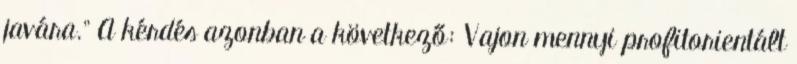
javára.” A kérdés azonban a következő: Vajon mennyi profitorientált